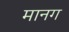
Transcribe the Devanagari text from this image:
मानग